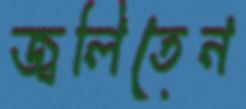
জ্বলিতেন